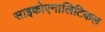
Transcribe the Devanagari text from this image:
साइकोएनालिटिकल